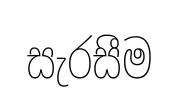
සැරසීම